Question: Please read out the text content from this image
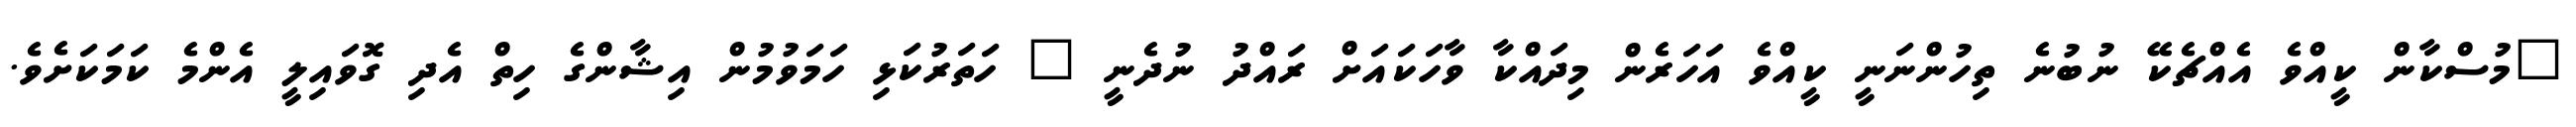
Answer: "މުސްކާން ކީއްވެ އެއްޗެކޭ ނުބުނެ ތިހުންނަނީ ކީއްވެ އަހަރެން މިދައްކާ ވާހަކައަށް ރައްދު ނުދެނީ " ހަތަރުކަޅި ހަމަވުމުން އިޝާންގެ ހިތް އެދި ގޮވައިލީ އެންމެ ކަމަކަށެވެ.